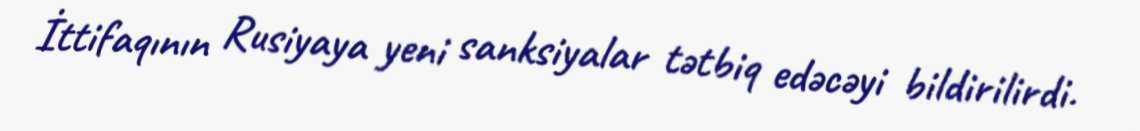
İttifaqının Rusiyaya yeni sanksiyalar tətbiq edəcəyi bildirilirdi.